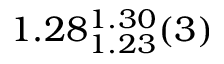
1 . 2 8 _ { 1 . 2 3 } ^ { 1 . 3 0 } ( 3 )